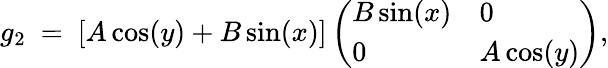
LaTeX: g_{2}\ =\ [A\cos(y)+B\sin(x)]\left(\begin{array}{ll}{B\sin(x)}&{0}\\ {0}&{A\cos(y)}\end{array}\right),